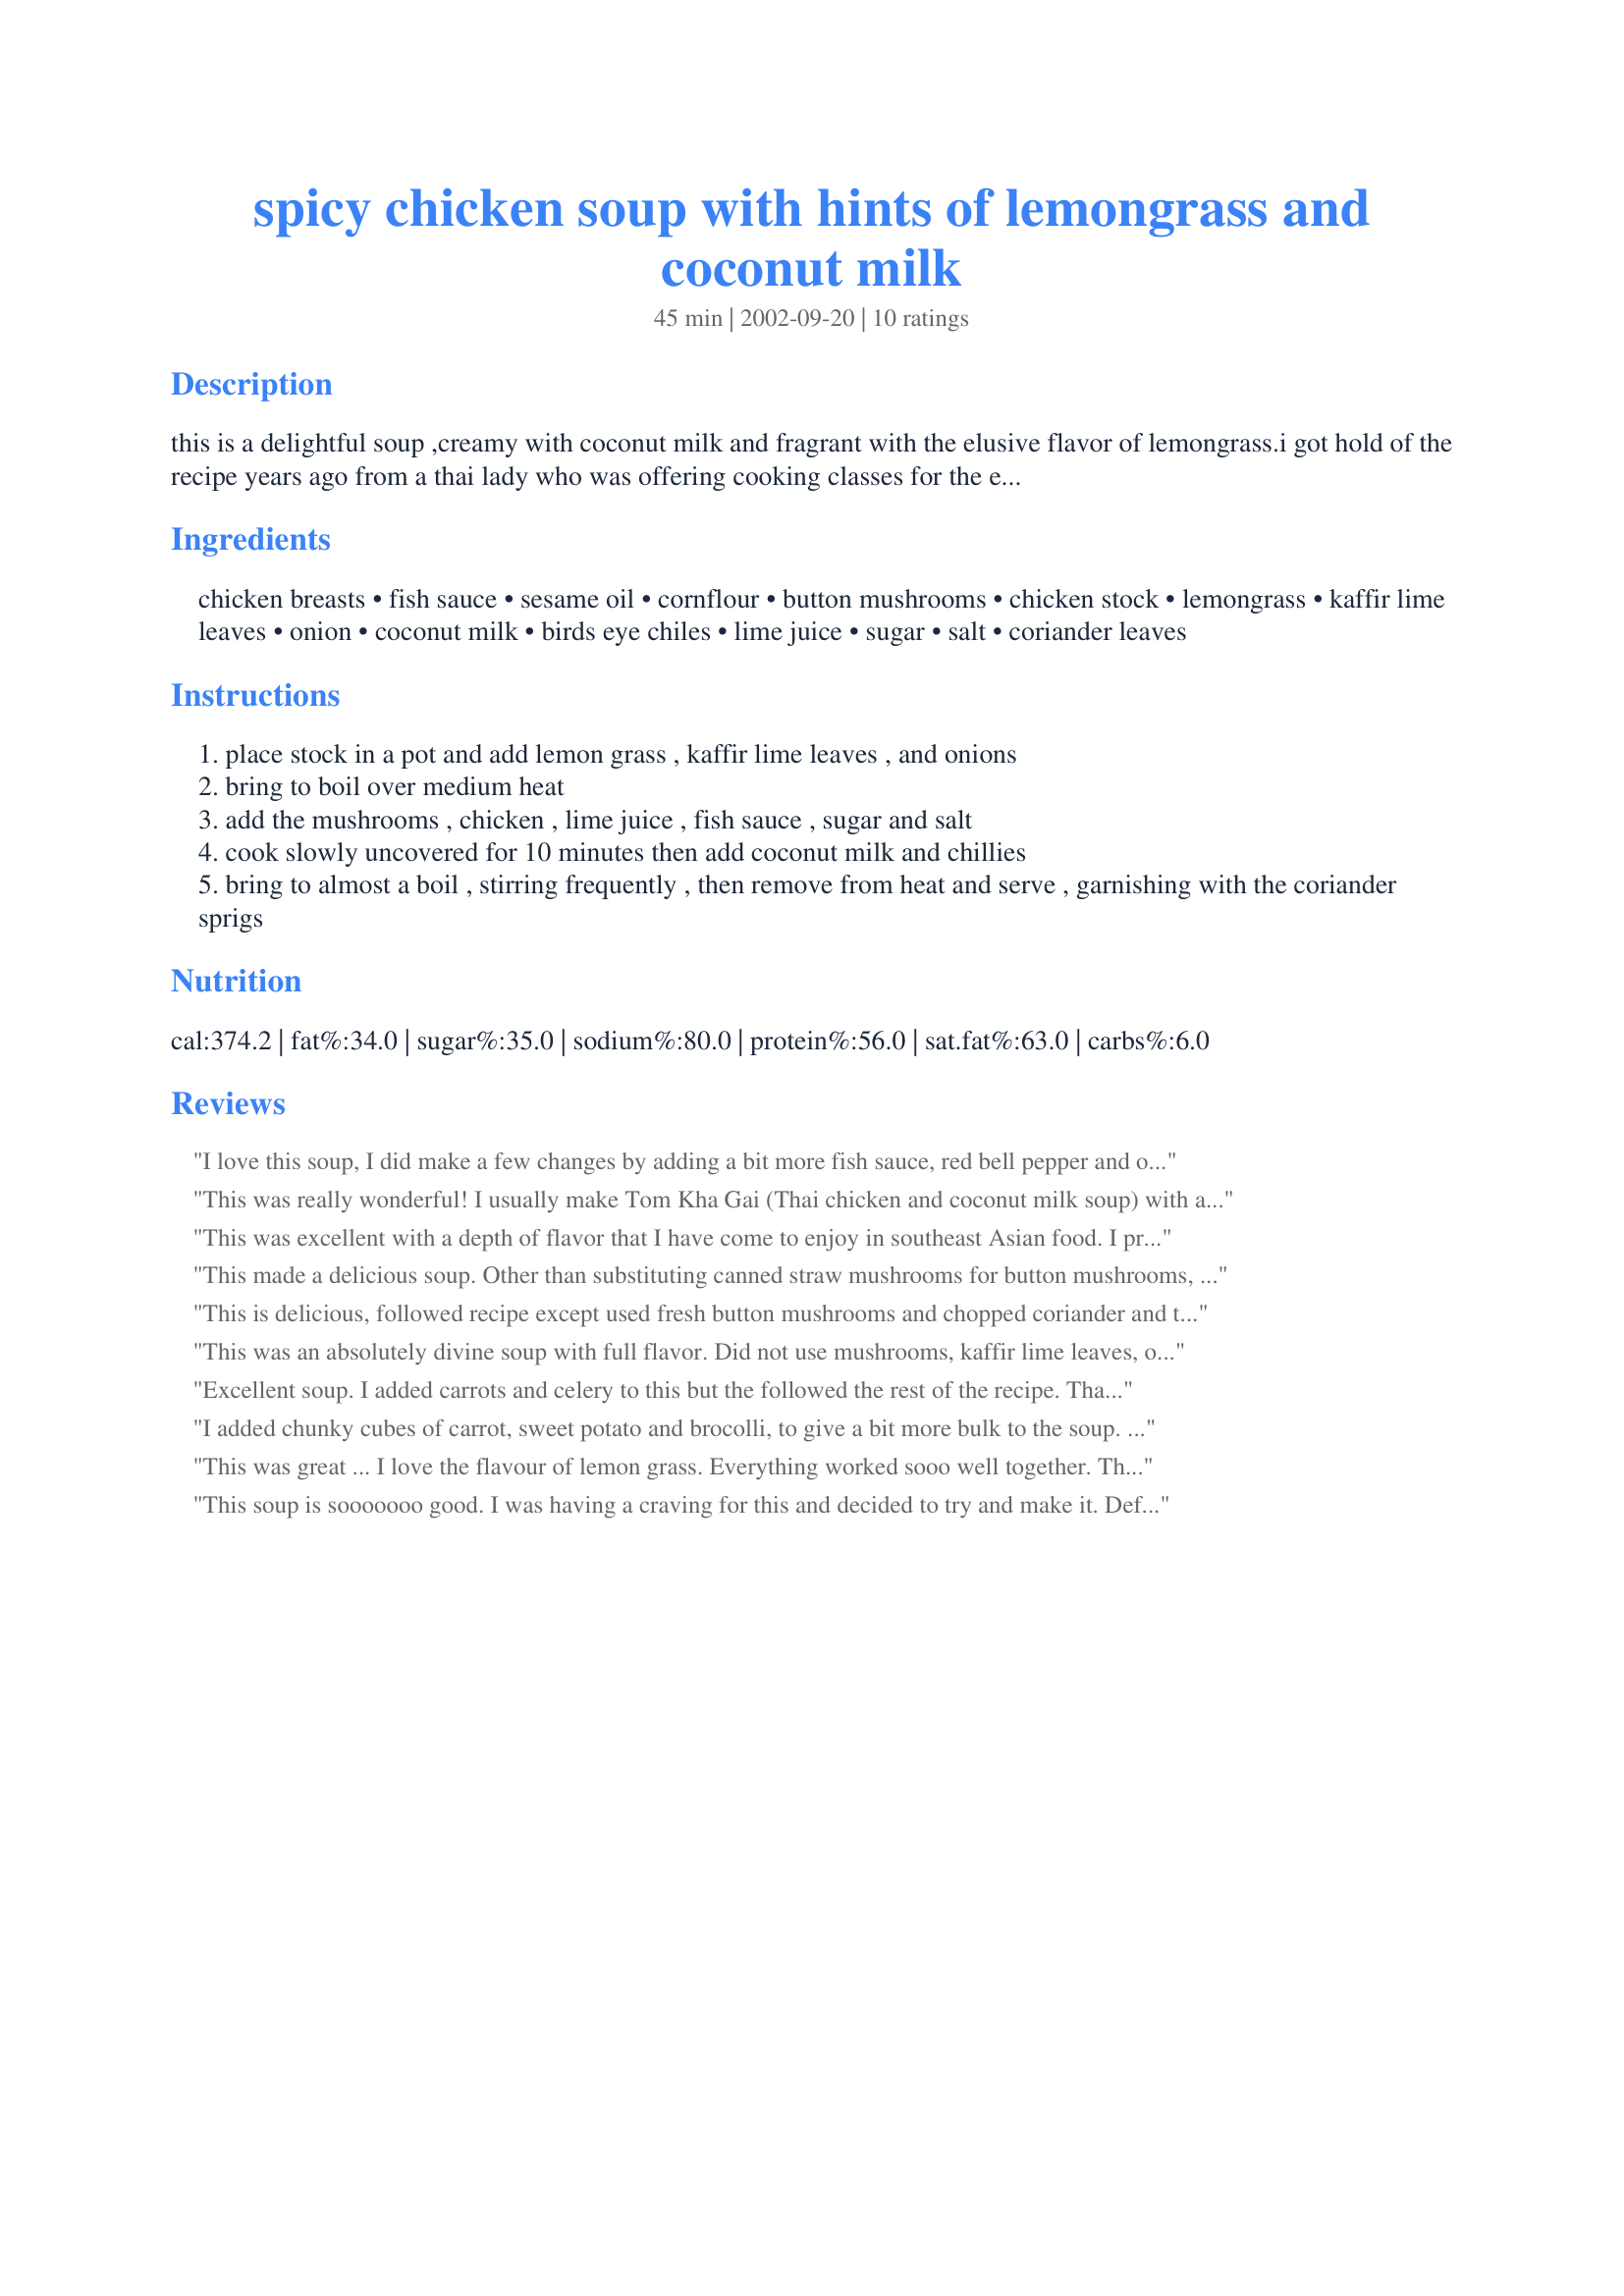
spicy chicken soup with hints of lemongrass and coconut milk
Preparation time: 45 minutes

this is a delightful soup ,creamy with coconut milk and fragrant with the elusive flavor of lemongrass.i got hold of the recipe years ago from a thai lady who was offering cooking classes for the expat wives .even my little one eats this without complaining.

Ingredients:
chicken breasts, fish sauce, sesame oil, cornflour, button mushrooms, chicken stock, lemongrass, kaffir lime leaves, onion, coconut milk, birds eye chiles, lime juice, sugar, salt, coriander leaves

Steps:
place stock in a pot and add lemon grass , kaffir lime leaves , and onions
bring to boil over medium heat
add the mushrooms , chicken , lime juice , fish sauce , sugar and salt
cook slowly uncovered for 10 minutes then add coconut milk and chillies
bring to almost a boil , stirring frequently , then remove from heat and serve , garnishing with the coriander sprigs

Reviews:
I love this soup, I did make a few changes by adding a bit more fish sauce, red bell pepper and oyster and straw mushrooms.
This was really wonderful! I usually make Tom Kha Gai (Thai chicken and coconut milk soup) with a different recipe that has galangal in it. Well, I really wanted the soup but since I moved, the asian market here is small and doesn't have galangal! I am so happy to find this recipe, because it's flavor is divine. I only used 3 bird chilis to better suit my family, added a little more lime juice and a little more fish sauce since we like it a little more on the salty/sour side. I also used a little bit extra chicken stock and only used one large chicken breast which came out extremely tender and flavorful after steeping in the broth. Thank you for a "super" soup and a definite keeper.
This was excellent with a depth of flavor that I have come to enjoy in southeast Asian food. I prepared the soup with a home made broth (Recipe #270746). I often make soups with home made broth, which is ever so easy to make using bones I have saved and frozen until I got a pot full of them, But I did use that stock as it had all the right flavors to complement the soup. Thanks for sharing! ~Sue
This made a delicious soup. Other than substituting canned straw mushrooms for button mushrooms, and halving the amounts to make two servings, I made no changes. We thoroughly enjoyed it for lunch today. Thank you for sharing the recipe.
This is delicious, followed recipe except used fresh button mushrooms and chopped coriander and then sprinkled over top of soup when serving. I am going to keep this in my collection of favourite soup recipes.
This was an absolutely divine soup with full flavor. Did not use mushrooms, kaffir lime leaves, or chilies, since I did not have these on hand. Substituted broth for the stock, added 3 tablespoons of sugar & about a teaspoon of cayenne pepper, and included bean sprouts at the end. Served over rice noodles with fresh lime juice on top.

TIP: Would slice lemon grass in half and use as full stalk, since the finely chopped lemongrass was difficult to eat -- just remove from broth before serving.
Excellent soup. I added carrots and celery to this but the followed the rest of the recipe. Thank you for posting your recipe.
I added chunky cubes of carrot, sweet potato and brocolli, to give a bit more bulk to the soup. The flavours were outstanding - officially one of my favourite soups ever!

Tim
This was great ... I love the flavour of lemon grass. Everything worked sooo well together. 

Thanks for the recipe!!!

You can purchase finely pre-chopped lemon grass in asian markets (in the frozen food section). This makes things go a whole lot faster and easier if you are a lemon grass fan.
This soup is sooooooo good. I was having a craving for this and decided to try and make it. Definitely every bit as good as what you get in a restaurant. My husband even really liked it and he's not very big on Asian food. This is going to be one of my staple soups!! I did not have the lime leaves, so I just omitted them. I didn't use the chiles because I thought it would be too spicy for my kids. My four year old gobbled this up and asked for more!!
